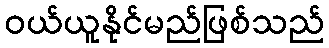
ဝယ်ယူနိုင်မည်ဖြစ်သည်